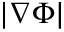
| \nabla \Phi |